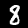
Label: 8